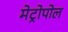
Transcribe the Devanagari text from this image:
मेट्रोपोल